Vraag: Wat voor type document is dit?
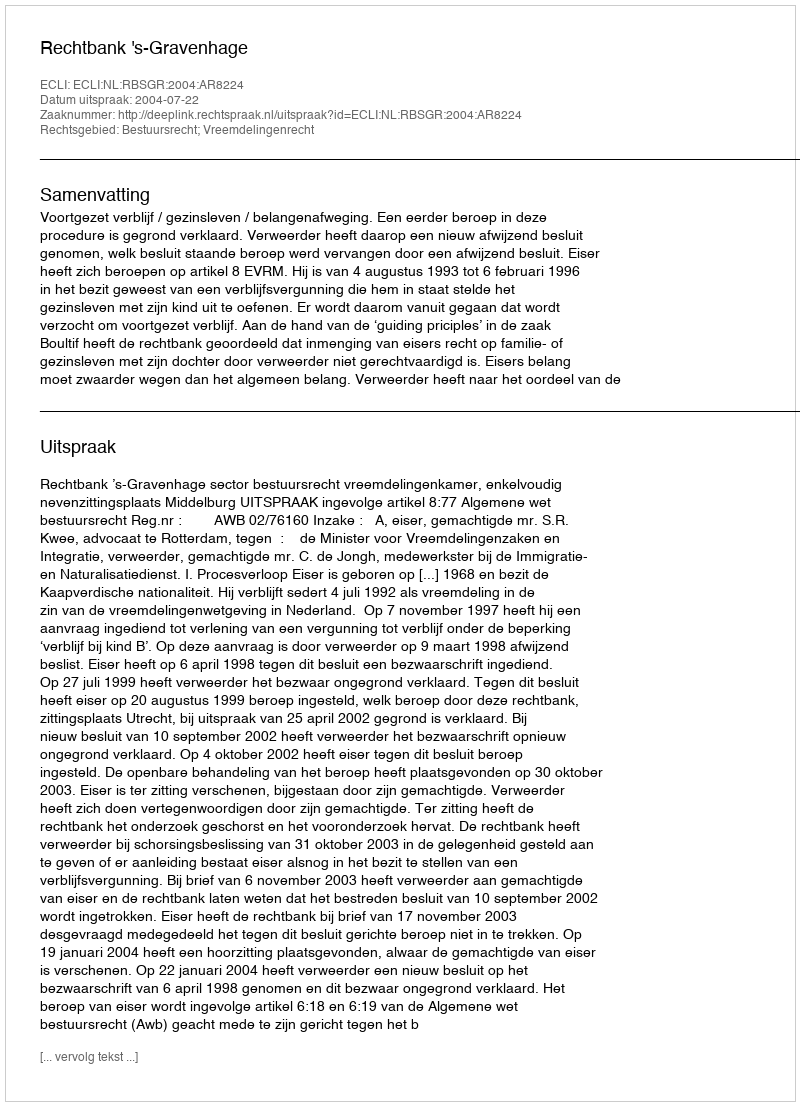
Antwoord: Uitspraak